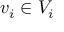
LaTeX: v _ { i } \in V _ { i }